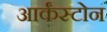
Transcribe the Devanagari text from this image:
आर्कंस्टोन